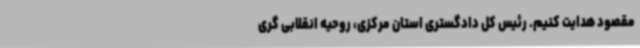
مقصود هدایت کنیم. رئیس کل دادگستری استان مرکزی، روحیه انقلابی گری